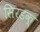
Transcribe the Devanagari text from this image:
सिरडक्